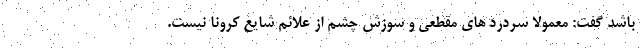
باشد گفت: معمولا سردرد های مقطعی و سوزش چشم از علائم شایع کرونا نیست.